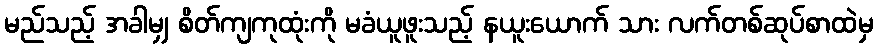
မည်သည့် အခါမျှ စိတ်ကျကုထုံးကို မခံယူဖူးသည့် နယူးယောက် သား လက်တစ်ဆုပ်စာထဲမှ